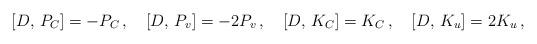
LaTeX: \begin{align*}{} [D,\,P_C]=-P_C\,,\quad{} [D,\,P_v]=-2P_v\,,\quad{}[D,\,K_C]=K_C\,,\quad{} [D,\,K_u]=2K_u\,,\end{align*}